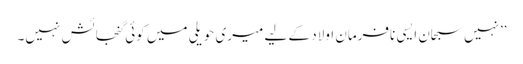
’’نہیں سبحان ایسی نافرمان اولاد کے لیے میری حویلی میں کوئی گنجائش نہیں۔